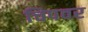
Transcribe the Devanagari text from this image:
चिपवर